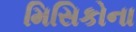
મિસિકોના